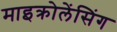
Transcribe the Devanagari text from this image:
माइक्रोलेंसिंग